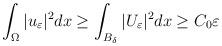
LaTeX: \begin{align*}\aligned\int_{\Omega}|u_{\varepsilon}|^{2}dx&\geq \int_{B_{\delta}}|U_{\varepsilon}|^{2}dx\geq C_{0}\varepsilon\\\endaligned\end{align*}